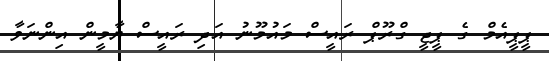
ޕީޕީއެމް ގެ ޕީޖީ ގްރޫޕް ރައީސް މައުމޫނު އަދި ރައީސް ޔާމީން އިންނަވާ